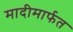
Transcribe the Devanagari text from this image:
मादीमार्फत